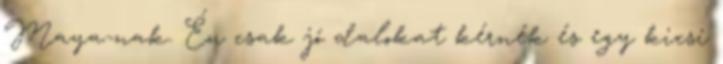
Maya-nak. Én csak jó dalokat kérnék és egy kicsi